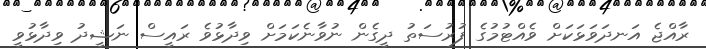
ރާއްޖެ އަނދަވަޅަކަށް ވެއްޓުމުގެ ފުރުސަތު ދީގެން ނުވާނެކަމަށް ވިދާޅުވެ ރައީސް ނަޝީދު ވިދާޅުވީ